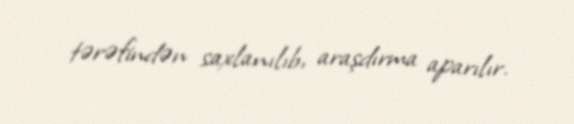
tərəfindən saxlanılıb, araşdırma aparılır.